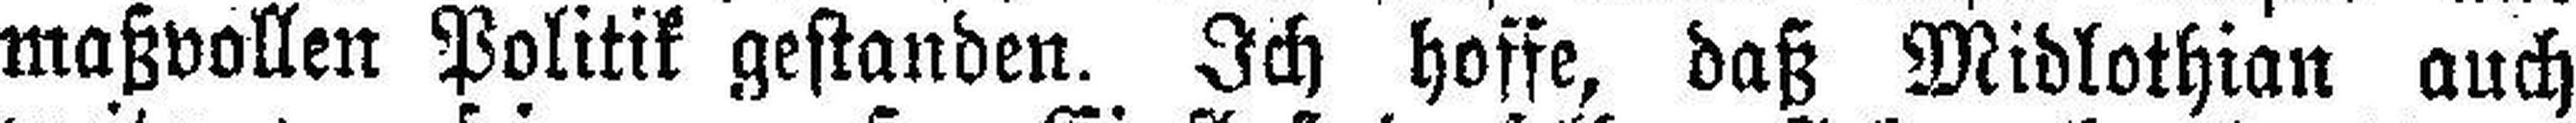
maßvollen Politik gestanden. Ich hoffe, daß Midlothian auch